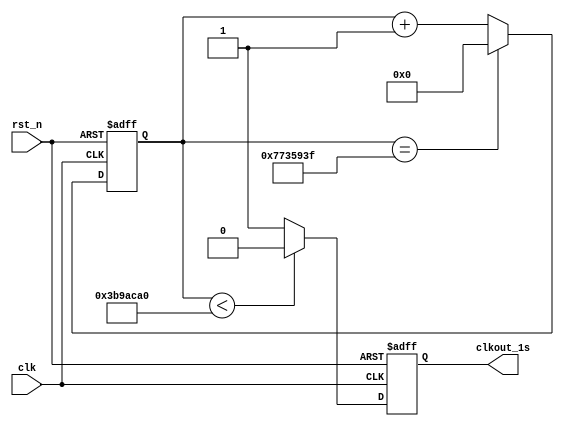
`timescale 1ns/100ps

//  clk generator feq=1Hz
module clk_1s(
		input clk,
		input rst_n,
		output reg clkout_1s = 0
		);
		
		parameter DIV_NUMBER =125_000_000;
		parameter DIV_NUMBER_DIV2 = 62_500_000;

		
		reg [26:0] counter = 0;
		
		always@(posedge clk or negedge rst_n) begin
			if(!rst_n) 
				counter <= 0;
			else begin
				if (counter == (DIV_NUMBER - 1))
					counter <= 0;
				else
					counter <= counter + 1;
			end				
		end
		
		
		always@(posedge clk or negedge rst_n) begin
			if(!rst_n)
				clkout_1s <= 1'b0;
			else begin
				if (counter < DIV_NUMBER_DIV2)
					clkout_1s <= 1'b0;
				else
					clkout_1s <= 1'b1;
			end
		end
								
endmodule